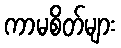
ကာမစိတ်များ